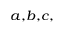
^ { a , b , c , }